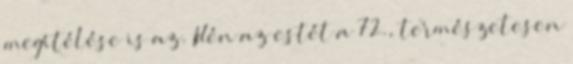
megítélése is az. Idén az estét a 72., természetesen